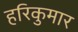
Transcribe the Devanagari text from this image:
हरिकुमार